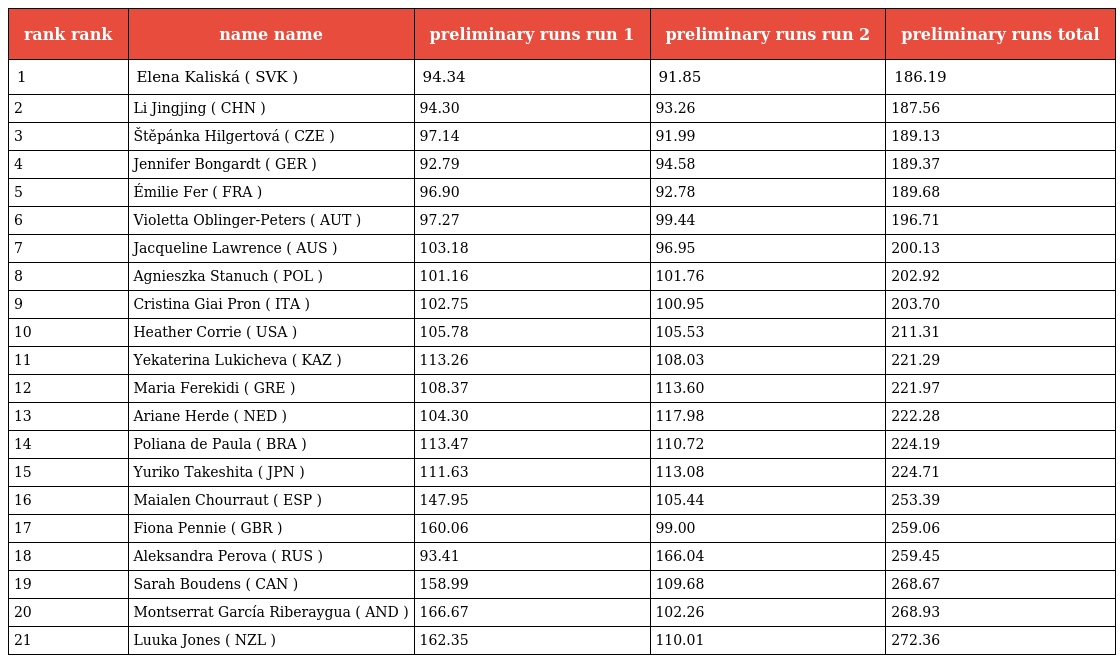
| rank rank | name name | preliminary runs run 1 | preliminary runs run 2 | preliminary runs total |
 | --- | --- | --- | --- | --- |
 | 1 | Elena Kaliská ( SVK ) | 94.34 | 91.85 | 186.19 |
 | 2 | Li Jingjing ( CHN ) | 94.30 | 93.26 | 187.56 |
 | 3 | Štěpánka Hilgertová ( CZE ) | 97.14 | 91.99 | 189.13 |
 | 4 | Jennifer Bongardt ( GER ) | 92.79 | 94.58 | 189.37 |
 | 5 | Émilie Fer ( FRA ) | 96.90 | 92.78 | 189.68 |
 | 6 | Violetta Oblinger-Peters ( AUT ) | 97.27 | 99.44 | 196.71 |
 | 7 | Jacqueline Lawrence ( AUS ) | 103.18 | 96.95 | 200.13 |
 | 8 | Agnieszka Stanuch ( POL ) | 101.16 | 101.76 | 202.92 |
 | 9 | Cristina Giai Pron ( ITA ) | 102.75 | 100.95 | 203.70 |
 | 10 | Heather Corrie ( USA ) | 105.78 | 105.53 | 211.31 |
 | 11 | Yekaterina Lukicheva ( KAZ ) | 113.26 | 108.03 | 221.29 |
 | 12 | Maria Ferekidi ( GRE ) | 108.37 | 113.60 | 221.97 |
 | 13 | Ariane Herde ( NED ) | 104.30 | 117.98 | 222.28 |
 | 14 | Poliana de Paula ( BRA ) | 113.47 | 110.72 | 224.19 |
 | 15 | Yuriko Takeshita ( JPN ) | 111.63 | 113.08 | 224.71 |
 | 16 | Maialen Chourraut ( ESP ) | 147.95 | 105.44 | 253.39 |
 | 17 | Fiona Pennie ( GBR ) | 160.06 | 99.00 | 259.06 |
 | 18 | Aleksandra Perova ( RUS ) | 93.41 | 166.04 | 259.45 |
 | 19 | Sarah Boudens ( CAN ) | 158.99 | 109.68 | 268.67 |
 | 20 | Montserrat García Riberaygua ( AND ) | 166.67 | 102.26 | 268.93 |
 | 21 | Luuka Jones ( NZL ) | 162.35 | 110.01 | 272.36 |